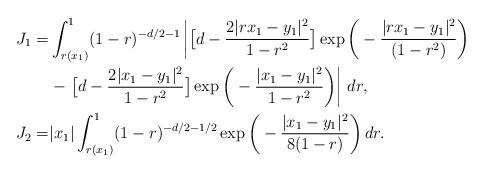
\begin{align*}J_1=&\int_{r(x_1)}^1 (1-r)^{-d/2-1}\left|\big[d-\frac{2|rx_1-y_1|^2}{1-r^2}\big]\exp\bigg(-\frac{|rx_1-y_1|^2}{(1-r^2)}\bigg)\right.\\&-\left.\big[d-\frac{2|x_1-y_1|^2}{1-r^2}\big]\exp\bigg(-\frac{|x_1-y_1|^2}{1-r^2}\bigg)\right|\,dr,\\J_2=&|x_1|\int_{r(x_1)}^1(1-r)^{-d/2-1/2}\exp\bigg(-\frac{|x_1-y_1|^2}{8(1-r)}\bigg)\,dr.\end{align*}